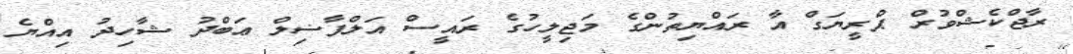
ރާޖްކެޝްވުރް ޕްރީޔަގް އާ ރައްޔިތުންގެ މަޖިލީހުގެ ރައީސް އަލްފާޟިލް ޢަބްދު ޝާހިދު އިއްޔެ